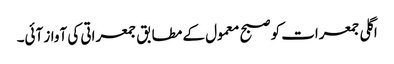
اگلی جمعرات کو صبح معمول کے مطابق جمعراتی کی آواز آئی۔